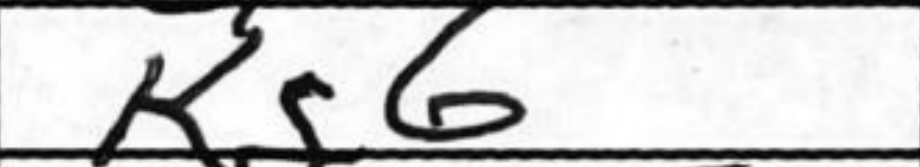
Transcription: Kg6